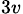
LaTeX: _{3v}